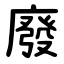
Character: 廢